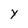
Character: y